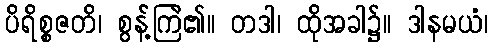
ပိရိစ္စဇတိ၊ စွန့်ကြဲ၏။ တဒါ၊ ထိုအခါ၌။ ဒါနမယံ၊